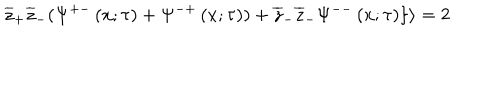
\overline { { { z } } } _ { + } \overline { { { z } } } _ { - } ( \Psi ^ { + - } \left( x ; \tau \right) + \Psi ^ { - + } \left( x ; \tau \right) ) + \overline { { { z } } } _ { - } \overline { { { z } } } _ { - } \Psi ^ { -- } \left( x ; \tau \right) \} \rangle = 2